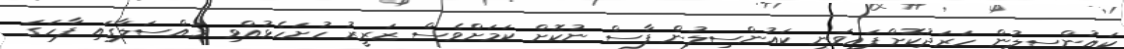
ކައުންސިލުން ހަރަދުކޮށްފައިވަނީ ކައުންސިލުން ފާސް ނުކޮށް ކަމަށްވެސް ޒަރީރު ހުށަހެޅުއްވި މައްސަލާގައި ފާހަގަ